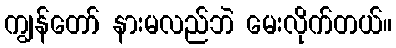
ကျွန်တော် နားမလည်ဘဲ မေးလိုက်တယ်။